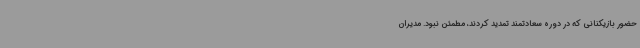
حضور بازیکنانی که در دوره سعادتمند تمدید کردند، مطمئن نبود. مدیران